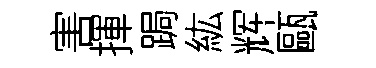
害揮跼紘辉甌